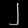
Digit: ၂